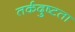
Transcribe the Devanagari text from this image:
तर्कदुष्टता